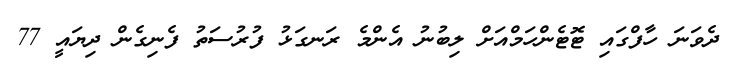
ދެވަނަ ހާފްގައި ޓޮޓެންހަމްއަށް ލިބުނު އެންމެ ރަނގަޅު ފުރުސަތު ފެނިގެން ދިޔައީ 77